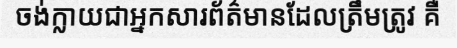
ចង់ក្លាយជាអ្នកសារព័ត៌មានដែលត្រឹមត្រូវ គឺ